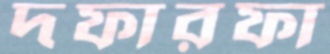
দফারফা